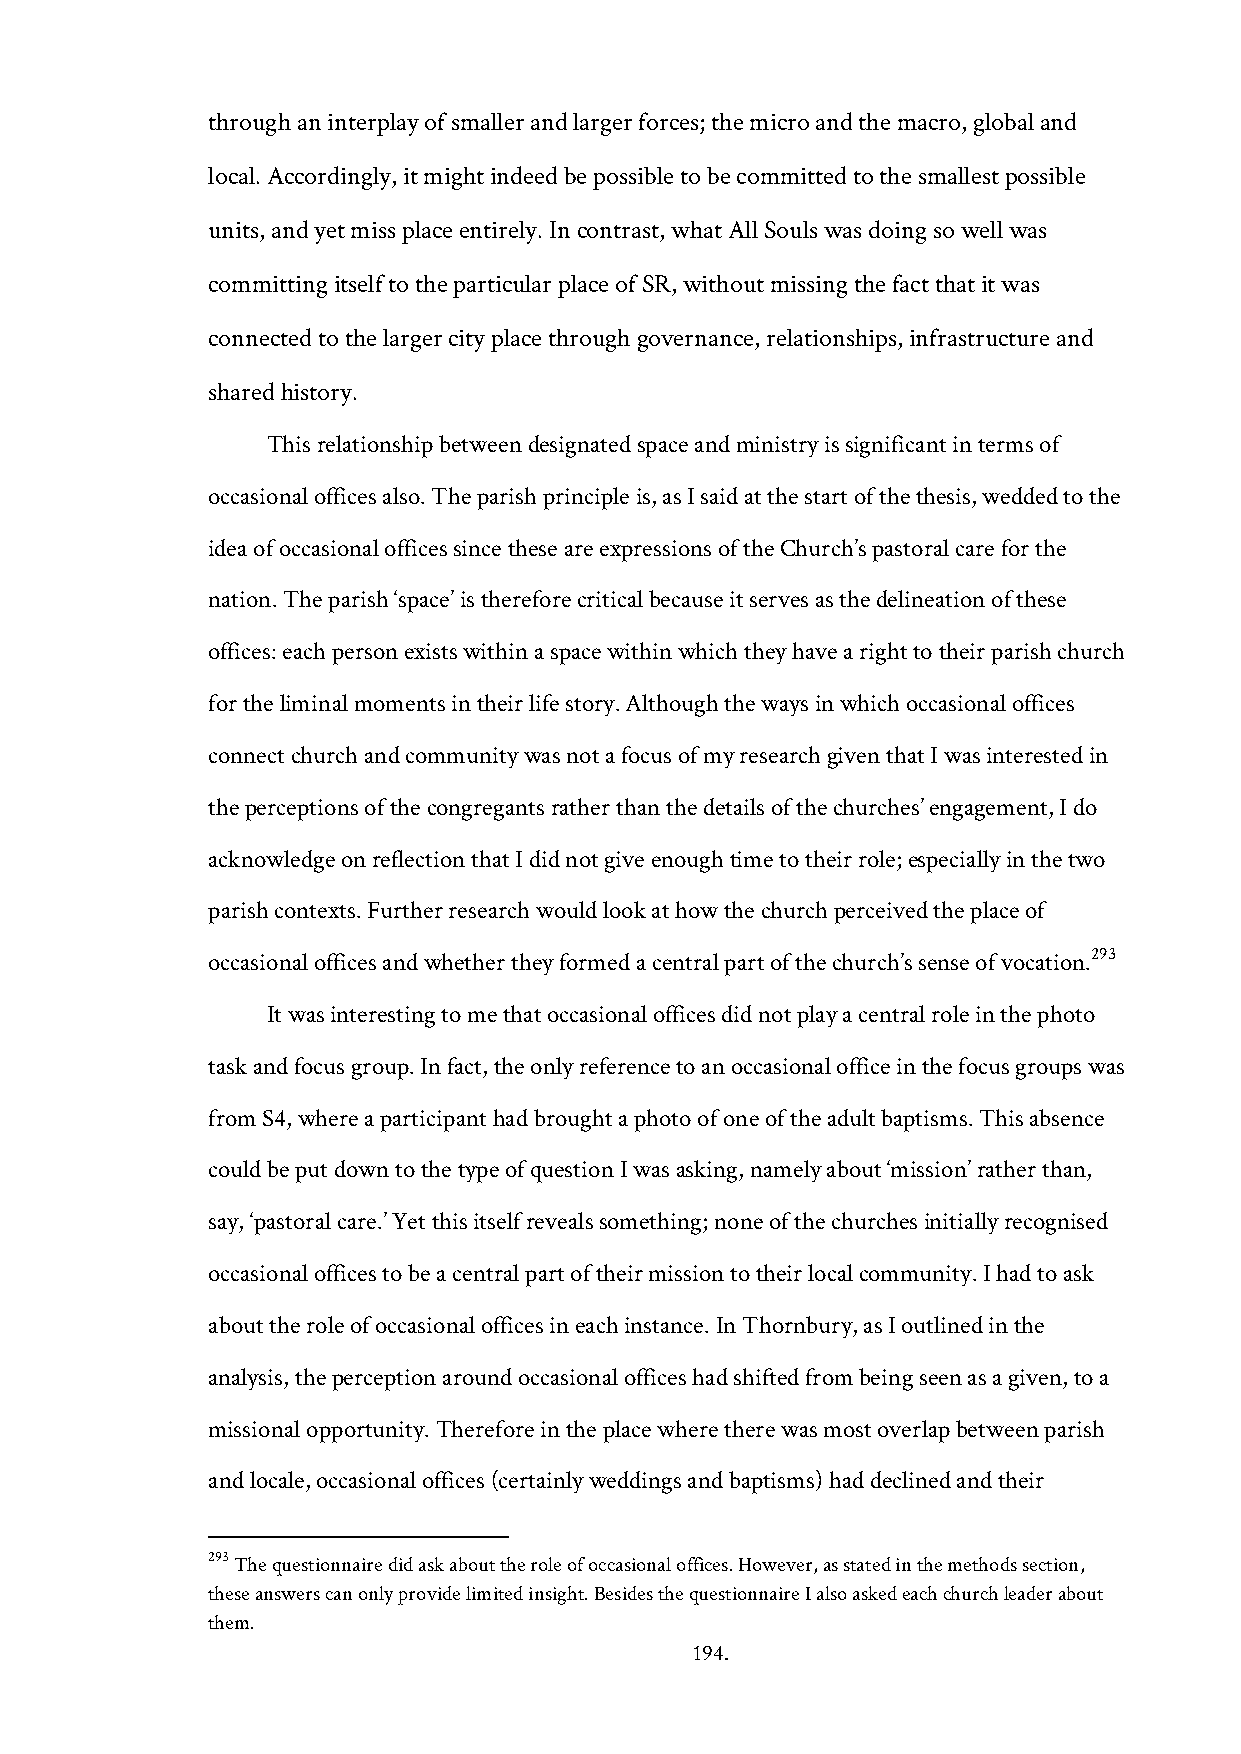
through an interplay of smaller and larger forces; the micro and the macro, global and
 local. Accordingly, it might indeed be possible to be committed to the smallest possible
 units, and yet miss place entirely. In contrast, what All Souls was doing so well was
 committing itself to the particular place of SR, without missing the fact that it was
 connected to the larger city place through governance, relationships, infrastructure and
 shared history.
 This relationship between designated space and ministry is significant in terms of
 occasional offices also. The parish principle is, as I said at the start of the thesis, wedded to the
 idea of occasional offices since these are expressions of the Church’s pastoral care for the
 nation. The parish ‘space’ is therefore critical because it serves as the delineation of these
 offices: each person exists within a space within which they have a right to their parish church
 for the liminal moments in their life story.Although the ways in which occasional offices
 connect church and community was not a focus of my research given that I was interested in
 the perceptions of the congregants rather than the details of the churches’ engagement, I do
 acknowledge on reflection that I did not give enough time to their role; especially in the two
 parish contexts. Further research would look at how the church perceived the place of
 occasional offices and whether they formed a central part of the church’s sense of vocation.293
 It was interesting to me that occasional offices did not play a central role in the photo
 task and focus group. In fact, the only reference to an occasional office in the focus groups was
 from S4, where a participant had brought a photo of one of the adult baptisms. This absence
 could be put down to the type of question I was asking, namely about ‘mission’ rather than,
 say, ‘pastoral care.’ Yet this itself reveals something; none of the churches initially recognised
 occasional offices to be a central part of their mission to their local community. I had to ask
 about the role of occasional offices in each instance. In Thornbury, as I outlined in the
 analysis, the perception around occasional offices had shifted from being seen as a given, to a
 missional opportunity. Therefore in the place where there was most overlap between parish
 and locale, occasional offices (certainly weddings and baptisms) had declined and their
 293 The questionnaire did ask about the role of occasional offices. However, as stated in the methods section,
 these answers can only provide limited insight. Besides the questionnaire I also asked each church leader about
 them.
 194.